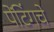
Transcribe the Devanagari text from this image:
पेंटिंगचे